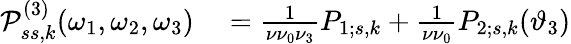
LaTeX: \begin{array}{rl}{\mathcal{P}_{ss,k}^{(3)}(\omega_{1},\omega_{2},\omega_{3})}&{{}=\frac{1}{\nu\nu_{0}\nu_{3}}P_{1;s,k}+\frac{1}{\nu\nu_{0}}P_{2;s,k}(\vartheta_{3})}\end{array}